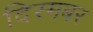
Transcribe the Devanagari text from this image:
दिस्मबर